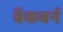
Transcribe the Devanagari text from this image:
बॅकबर्न